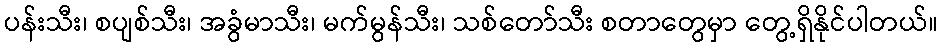
ပန်းသီး၊ စပျစ်သီး၊ အခွံမာသီး၊ မက်မွန်သီး၊ သစ်တော်သီး စတာတွေမှာ တွေ့ရှိနိုင်ပါတယ်။